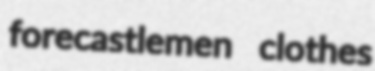
forecastlemen clothes